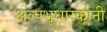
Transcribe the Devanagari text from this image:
अल्पभूधारकांनी